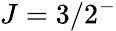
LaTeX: J=3/2^{-}